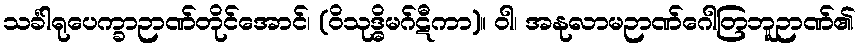
သင်္ခါရုပေက္ခာဉာဏ်တိုင်အောင်၊ (ဝိသုဒ္ဓိမဂ်ဋီကာ)။ ဝါ၊ အနုလာမဉာဏ်ဂေါတြဘူဉာဏ်၏